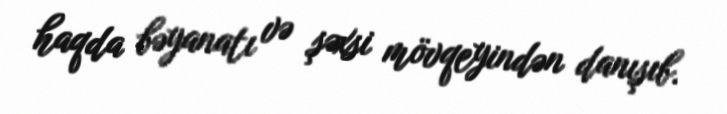
haqda bəyanatı və şəxsi mövqeyindən danışıb.